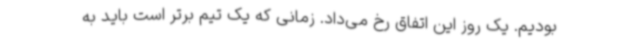
بودیم. یک روز این اتفاق رخ می‌داد. زمانی که یک تیم برتر است باید به